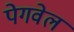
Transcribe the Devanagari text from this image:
पेगवेल